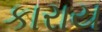
કારાય